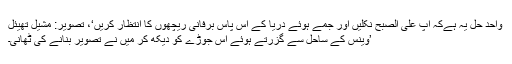
واحد حل یہ ہےکہ آپ علی الصبح نکلیں اور جمے ہوئے دریا کے آس پاس برفانی ریچھوں کا انتظار کریں‘، تصویر: مشیل تھیئل
’وینس کے ساحل سے گزرتے ہوئے اس جوڑے کو دیکھ کر میں نے تصویر بنانے کی ٹھانی۔